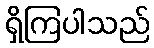
ရှိကြပါသည်